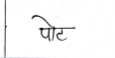
मजकूर: पोट